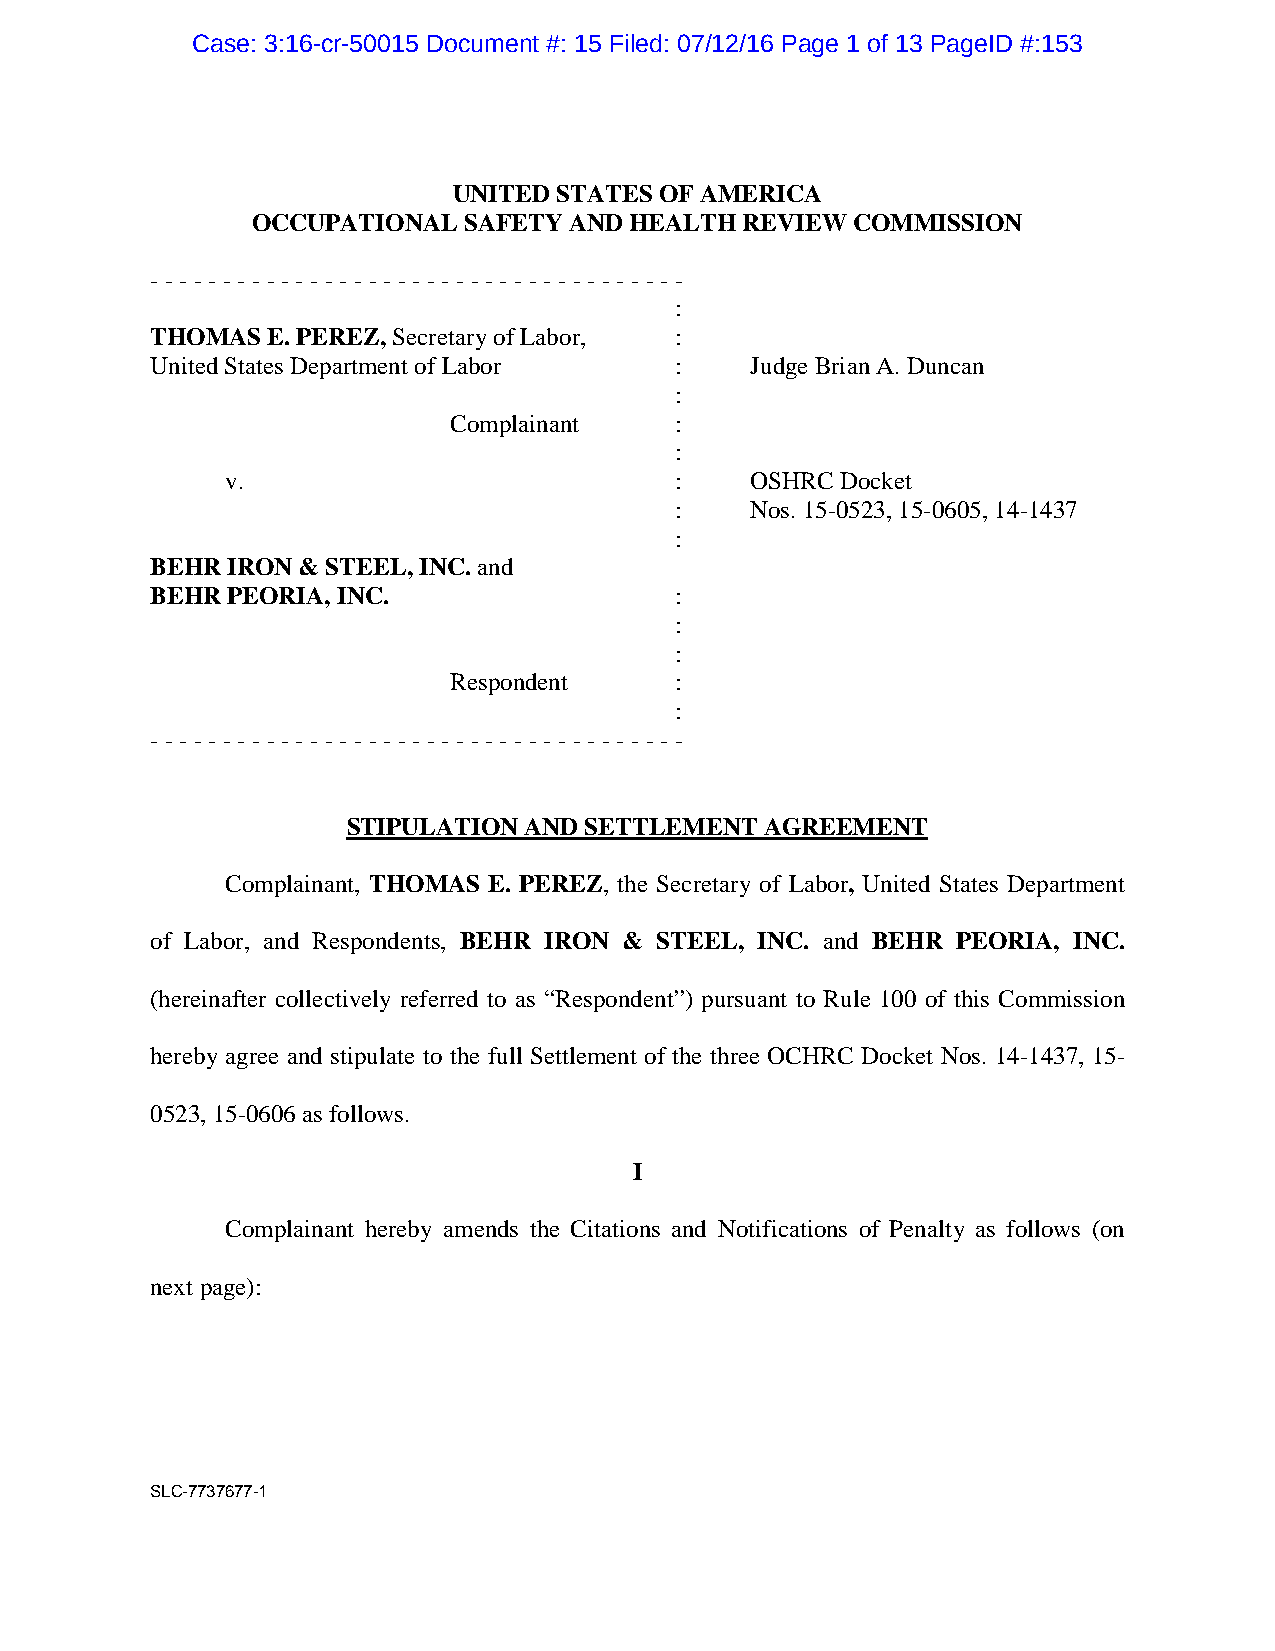
Case: 3:16-cr-50015 Document #: 15 Filed: 07/12/16 Page 1 of 13 PageID #:153
 UNITED STATES OF AMERICA
 OCCUPATIONAL  SAFETY AND HEALTH REVIEW COMMISSION
 - - - - - - - - - - - - - - - - - - - - - - - - - - - - - - - - - - - - -
 :
 THOMAS  E. PEREZ, Secretary of Labor, :
 United States Department of Labor  :    Judge Brian A. Duncan
 :
 Complainant    :
 :
 v.                            :    OSHRC Docket
 :    Nos. 15-0523, 15-0605, 14-1437
 :
 BEHR IRON & STEEL, INC. and
 BEHR PEORIA, INC.                  :
 :
 :
 Respondent     :
 :
 - - - - - - - - - - - - - - - - - - - - - - - - - - - - - - - - - - - - -
 STIPULATION AND SETTLEMENT  AGREEMENT
 Complainant, THOMAS E. PEREZ, the Secretary of Labor, United States Department
 of Labor, and Respondents, BEHR IRON & STEEL, INC. and BEHR PEORIA, INC.
 (hereinafter collectively referred to as “Respondent”) pursuant to Rule 100 of this Commission
 hereby agree and stipulate to the full Settlement of the three OCHRC Docket Nos. 14-1437, 15-
 0523, 15-0606 as follows.
 I
 Complainant hereby amends the Citations and Notifications of Penalty as follows (on
 next page):
 SLC-7737677-1